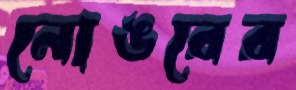
নোঙরের